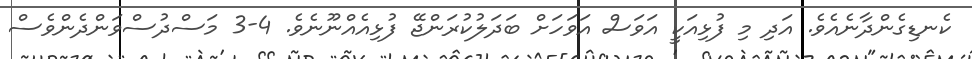
ކެނޑިގެންދާނެއެވެ. އަދި މި ފުޅިއަކީ އަވަސް އަވަހަށް ބަދަލުކުރަންޖޭ ފުޅިއެއްނޫނެވެ. 4-3 މަސްދުސްވަންދެންވެސް